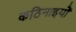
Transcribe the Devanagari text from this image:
कठिनाइयोें